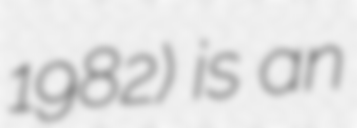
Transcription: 1982) is an